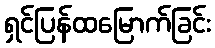
ရှင်ပြန်ထမြောက်ခြင်း